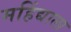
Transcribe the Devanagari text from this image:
महिंद्याला